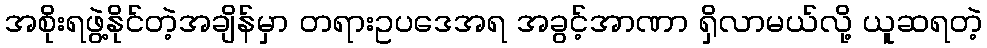
အစိုးရဖွဲ့နိုင်တဲ့အချိန်မှာ တရားဥပဒေအရ အခွင့်အာဏာ ရှိလာမယ်လို့ ယူဆရတဲ့